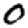
Digit: 0